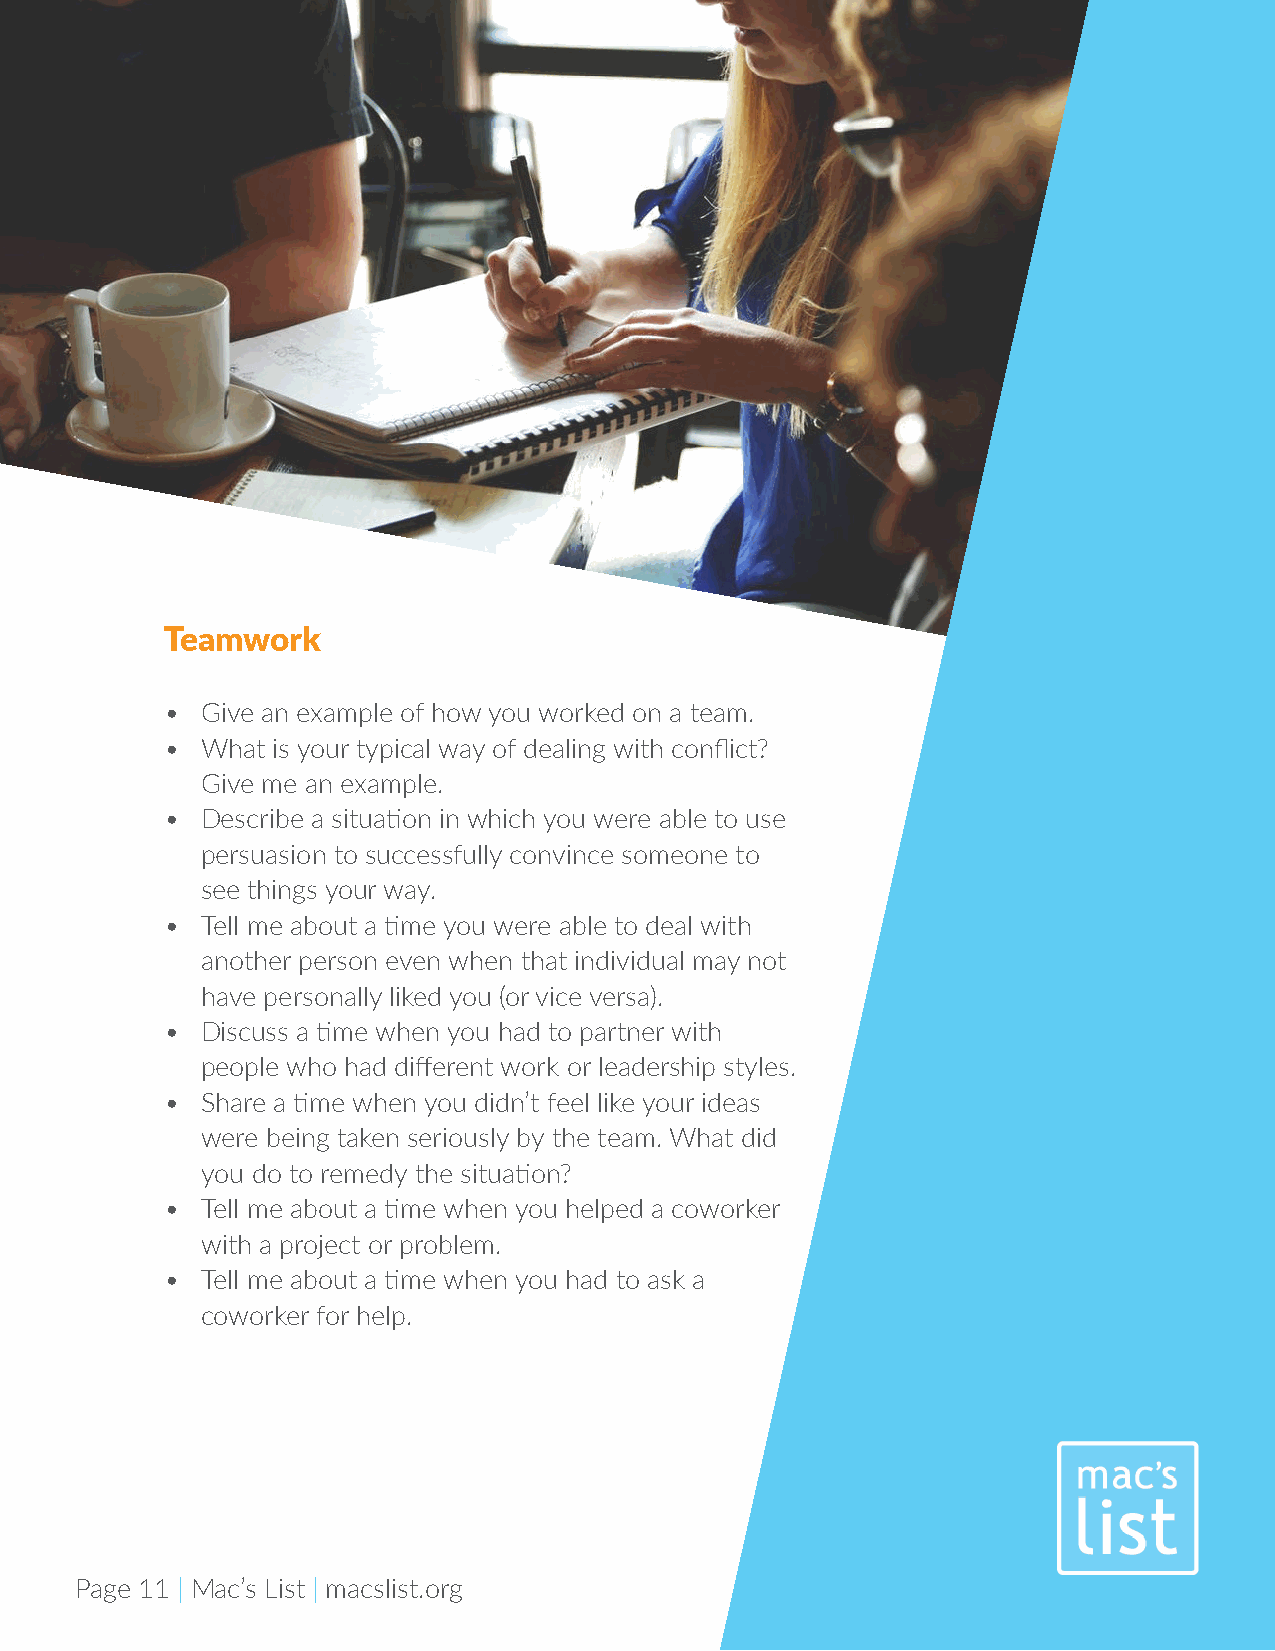
Teamwork
 • Give an example of how you worked on a team.
 • What is your typical way of dealing with conflict?
 Give me an example.
 • Describe a situation in which you were able to use
 persuasion to successfully convince someone to
 see things your way.
 • Tell me about a time you were able to deal with
 another person even when that individual may not
 have personally liked you (or vice versa).
 • Discuss a time when you had to partner with
 people who had different work or leadership styles.
 • Share a time when you didn’t feel like your ideas
 were being taken seriously by the team. What did
 you do to remedy the situation?
 • Tell me about a time when you helped a coworker
 with a project or problem.
 • Tell me about a time when you had to ask a
 coworker for help.
 Page 11 | Mac’s List | macslist.org